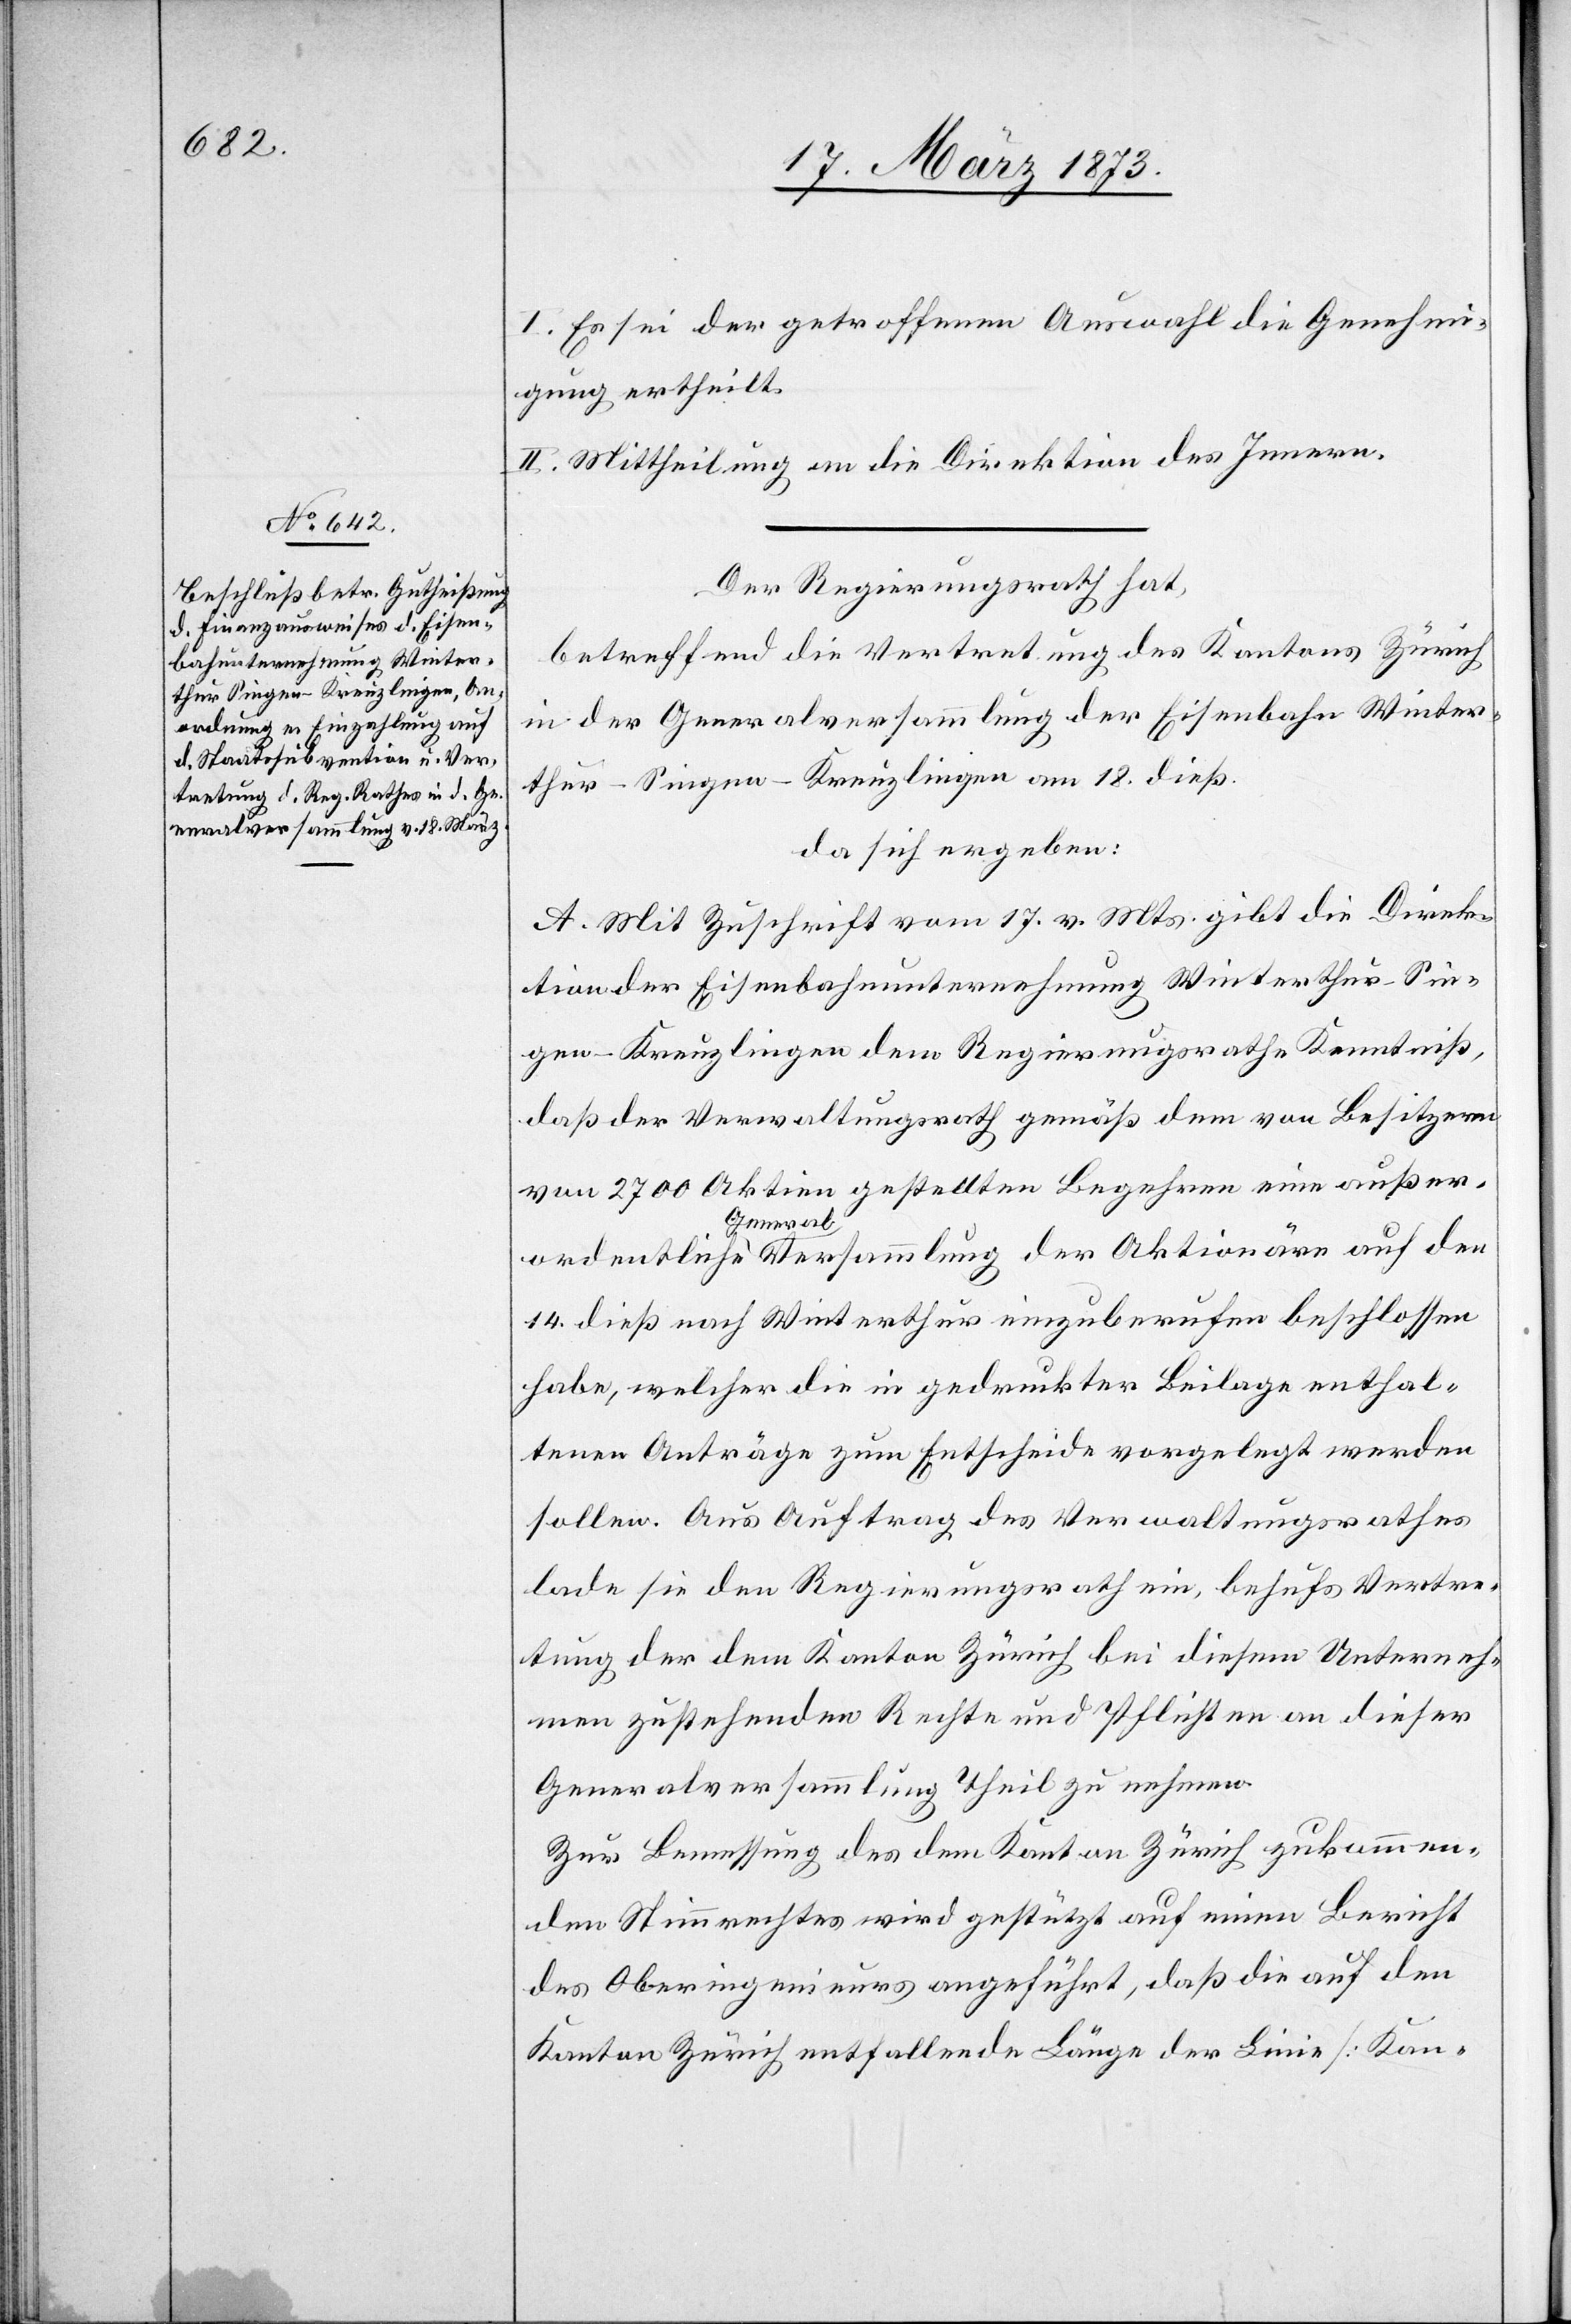
I. Es sei der getroffenen Auswahl die Genehmi¬
gung ertheilt.
II. Mittheilung an die Direktion des Innern.
Der Regierungsrath hat,
betreffend die Vertretung des Kantons Zürich
in der Generalversammlung der Eisenbahn Winter¬
thur–Singen–Kreuzlingen am 18. dieß.
da sich ergeben:
A. Mit Zuschrift vom 17. v. Mts. gibt die Direk¬
tion der Eisenbahnunternehmung Winterthur–Sin¬
gen–Kreuzlingen dem Regierungsrathe Kenntniß,
daß der Verwaltungsrath gemäß dem von Besitzern
von 2700 Aktien gestellten Begehren eine außer¬
ordentliche Generalversammlung der Aktionäre auf den
14. dieß nach Winterthur einzuberufen beschlossen
habe, welcher die in gedruckter Beilage enthal¬
tenen Anträge zum Entscheide vorgelegt werden
sollen. Aus Auftrag des Verwaltungsrathes
lade sie den Regierungsrath ein, behufs Vertre¬
tung der dem Kanton Zürich bei diesem Unterneh¬
men zustehenden Rechte und Pflichten an dieser
Generalversammlung Theil zu nehmen.
Zur Bemessung des dem Kanton Zürich zukommen¬
den Stimmrechtes wird gestützt auf einen Bericht
des Oberingenieurs angeführt, daß die auf den
Kanton Zürich entfallende Länge der Linie [Kan-